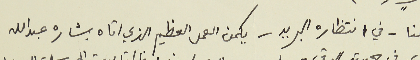
هنا - في انتظاره البريد - يكمن العمل العظيم الذي اتاه بشاره عبدالله